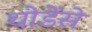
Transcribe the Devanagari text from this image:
थोडेंसे